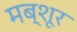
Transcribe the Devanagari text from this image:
मब्शूर